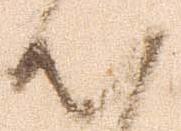
出